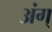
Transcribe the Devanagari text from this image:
अंग्